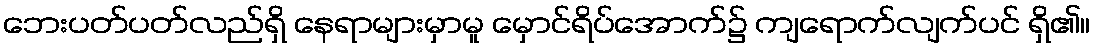
ဘေးပတ်ပတ်လည်ရှိ နေရာများမှာမူ မှောင်ရိပ်အောက်၌ ကျရောက်လျက်ပင် ရှိ၏။